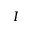
I